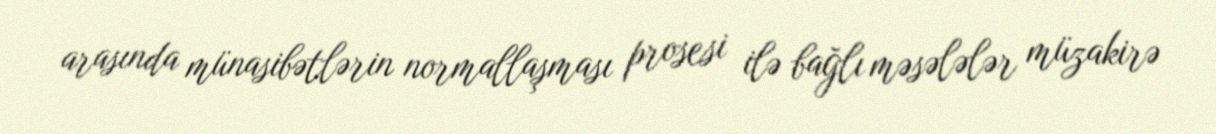
arasında münasibətlərin normallaşması prosesi ilə bağlı məsələlər müzakirə